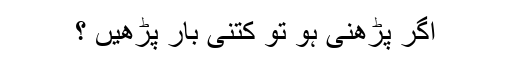
اگر پڑھنی ہو تو کتنی بار پڑھیں ؟